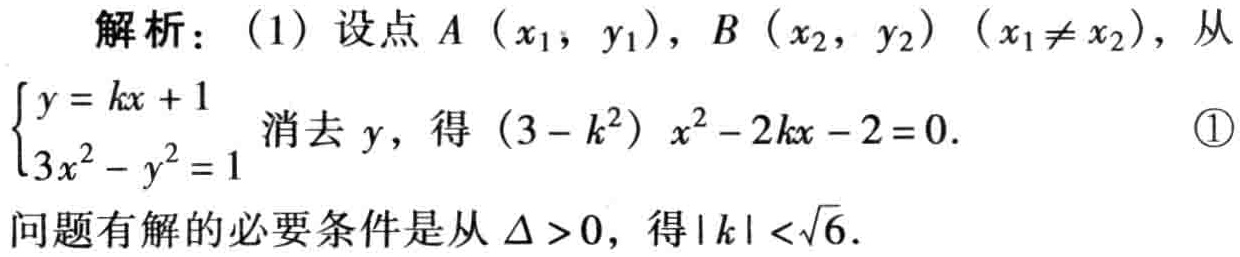
解析：(1) 设点\(A(x_1,y_1)\)，\(B(x_2,y_2)\) (\(x_1\neq x_2\))，从

\(\begin{cases}y = kx + 1\\3x^2 - y^2 = 1\end{cases}\)消去\(y\)，得\((3 - k^2)x^2 - 2kx - 2 = 0\). \textcircled{1}

问题有解的必要条件是从\(\Delta>0\)，得\(\vert k\vert<\sqrt{6}\).